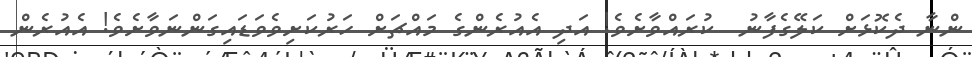
ންނާ ދެކޮޅަށް ކަލޭގެފާނު  ކުރައްވާށެވެ! އަދި އެއުރެންގެ މައްޗަށް ހަރުކަށިވެވަޑައިގަންނަވާށެވެ! އެއުރެން